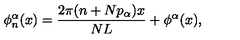
\phi _ { n } ^ { \alpha } ( x ) = \frac { 2 \pi ( n + N p _ { \alpha } ) x } { N L } + \phi ^ { \alpha } ( x ) ,